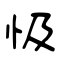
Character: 忣